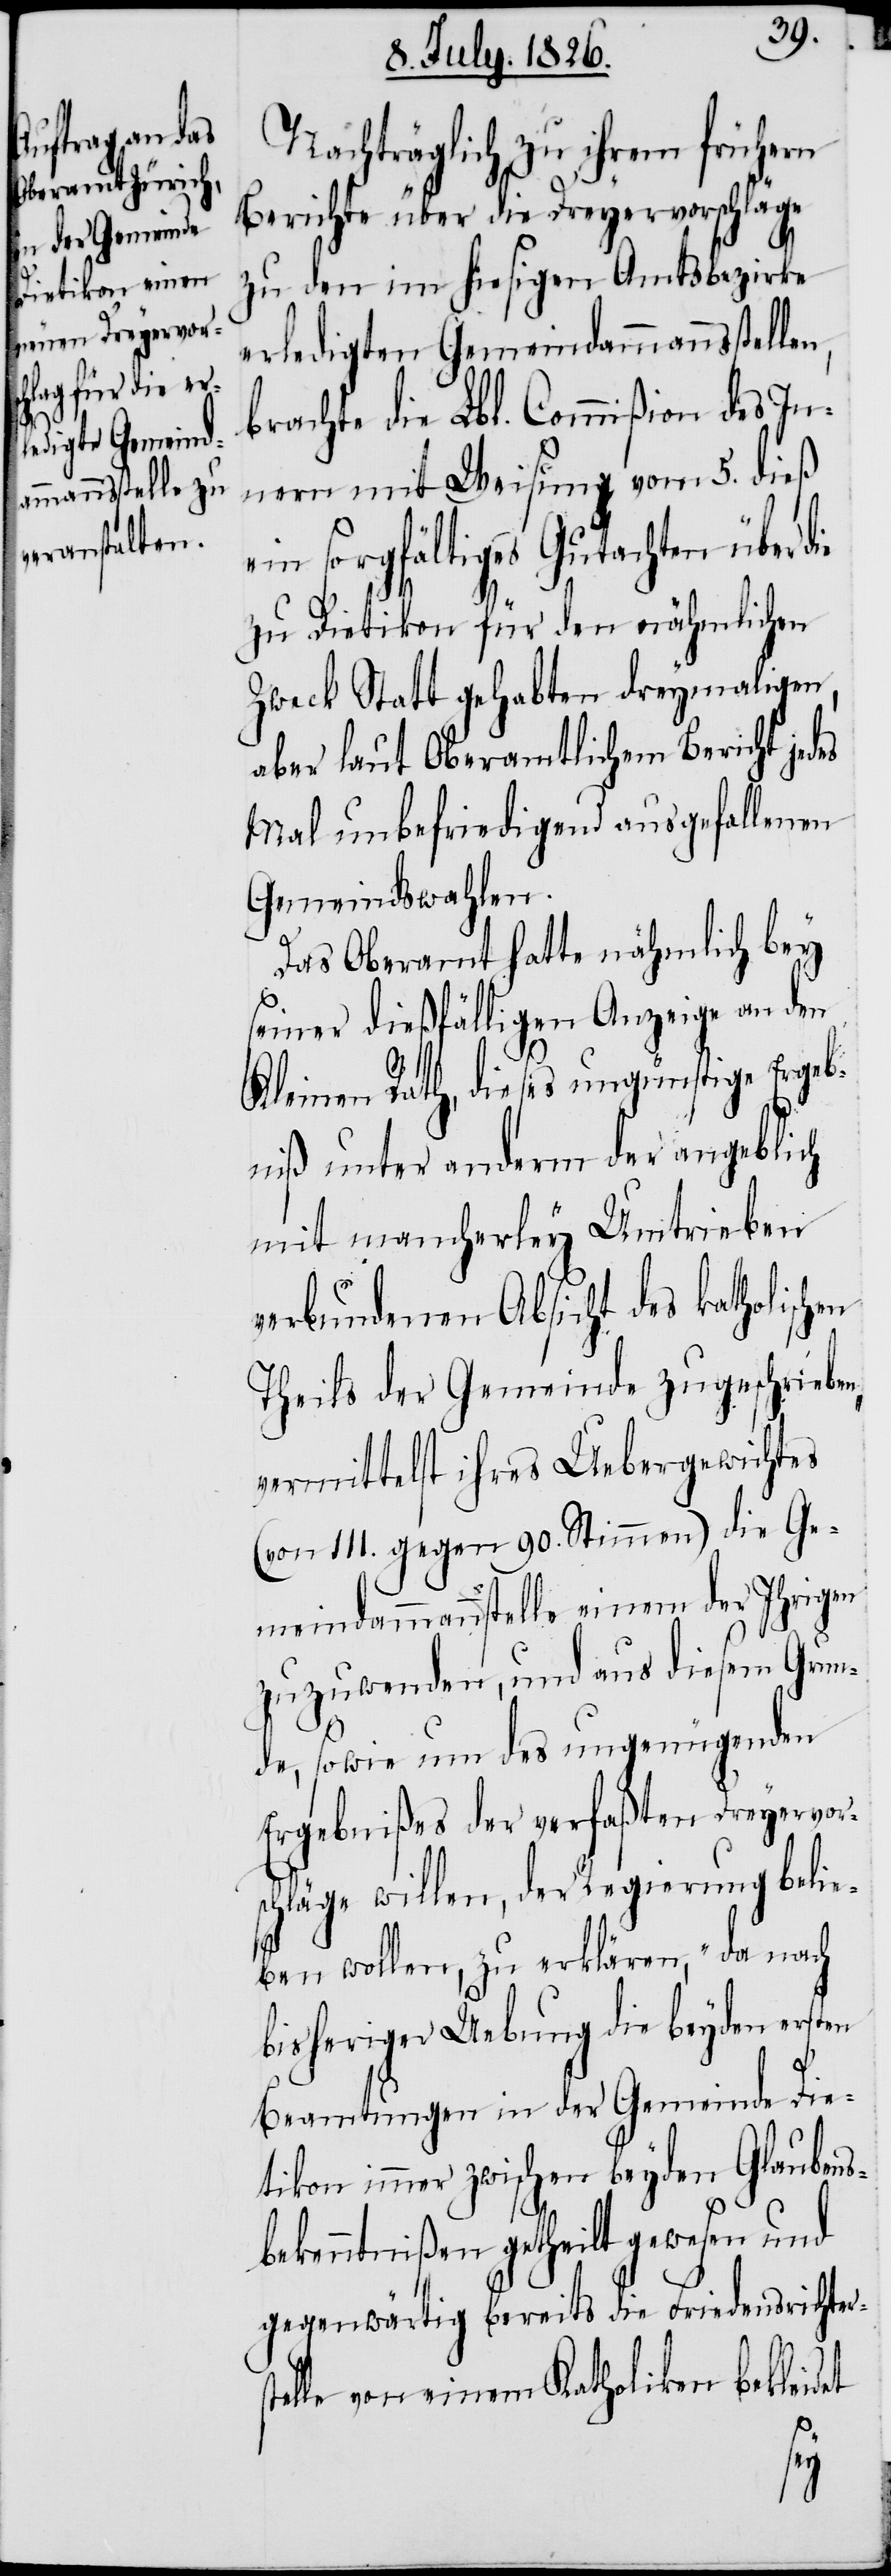
Nachträglich zu ihrem frühern
Berichte über die Dreyervorschläge
zu den im hiesigen Amtsbezirke
erledigten Gemeindammannsstellen,
brachte die Lbl. Commißion des In¬
nern mit Weisung vom 5. dieß
ein sorgfältiges Gutachten über d¬
zu Dietikon für den nähmlichen
Zweck Statt gehabten dreymaligen,
aber laut Oberamtlichem Bericht jed¬
Mal unbefriedigend ausgefallenen
Gemeindswahlen.
Das Oberamt hatte nähmlich bey
seiner dießfälligen Anzeige an den
Kleinen Rath, dieses ungünstige Ergeb¬
niß unter anderem der angeblich
mit mancherley Umtrieben
verbundenen Absicht des katholischen
Theils der Gemeinde zugeschrieben,
vermittelst ihres Uebergewichtes
(von 111. gegen 90. Stimmen) die Ge¬
meindammannsstelle einem der Ihrigen
zuzuwenden, und aus diesem Grun¬
de, sowie um des ungenügenden
Ergebnißes der verfaßten Dreyervor¬
schläge willen, der Regierung belie¬
ben wollen, zu erklären, „da nach
bisheriger Uebung die beyden ersten
Beamtungen in der Gemeinde Die¬
tikon immer zwischen beyden Glaubens¬
bekenntnißen getheilt gewesen und
gegenwärtig bereits die Friedensrichter¬
elle von einem Katholiken bekleidet
st¬